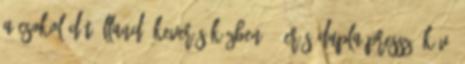
a csokoládét állandó keverés közben. 1 erős,dupla presszó kávé